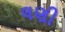
લણી